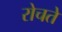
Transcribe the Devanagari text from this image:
रोचते